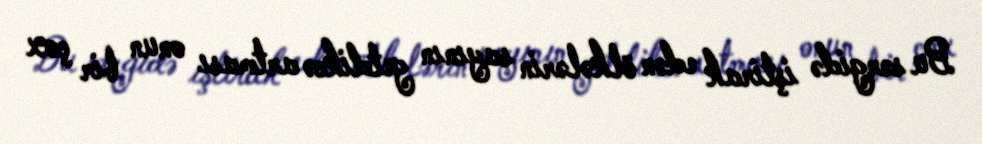
Bu sərgidə iştirak edən ölkələrin sayının getdikcə artması onun bir çox